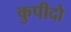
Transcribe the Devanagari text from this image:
कुपीदो